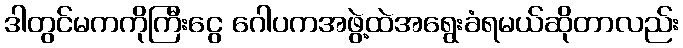
ဒါတွင်မကကိုကြီးငွေ ဂေါပကအဖွဲ့ထဲအရွေးခံရမယ်ဆိုတာလည်း